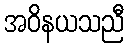
အဝိနယသညီ